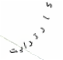
كارترايت